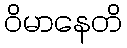
ဝိမာနေတိ